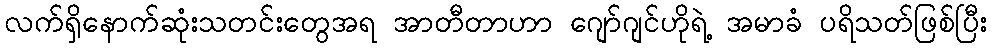
လက်ရှိနောက်ဆုံးသတင်းတွေအရ အာတီတာဟာ ဂျော်ဂျင်ဟိုရဲ့ အမာခံ ပရိသတ်ဖြစ်ပြီး